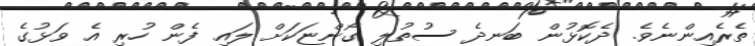
ތެރެއިންނެވެ. ދެކޮޅުން ބަނދެ ސުތުލި ގޯންޏަކަށް ލައި ފެން ހުރި އެ ވަޅުގެ